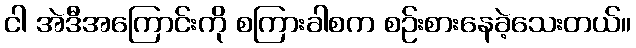
ငါ အဲဒီအကြောင်းကို စကြားခါစက စဉ်းစားနေခဲ့သေးတယ်။